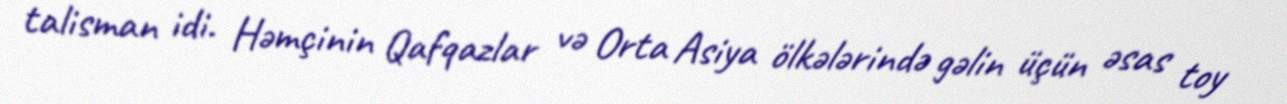
talisman idi. Həmçinin Qafqazlar və Orta Asiya ölkələrində gəlin üçün əsas toy